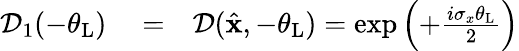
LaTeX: \begin{array}{rlr}{\mathcal{D}_{1}(-\theta_{\mathrm{L}})}&{{}=}&{\mathcal{D}(\hat{\mathbf x},-\theta_{\mathrm{L}})=\exp\left(+\frac{i\sigma_{x}\theta_{\mathrm{L}}}{2}\right)}\end{array}